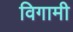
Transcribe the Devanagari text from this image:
विगामी